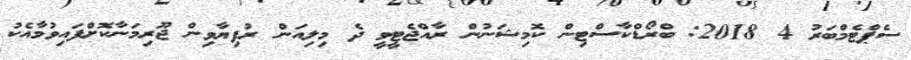
ސެޕްޓެމްބަރު 4 2018: ބްރޯޑްކާސްޓިން ކޮމިޝަނުން ރާއްޖެޓީވީ ދެ މިލިއަން ރުފިޔާވިން ޖޫރިމަނާކޮށްފައިވުމާއެކު